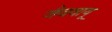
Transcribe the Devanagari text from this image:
जैववायू